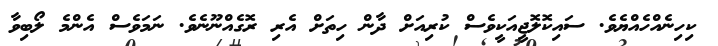
ކިހިނެއްހެއްޔެވެ. ސައިކޮލޮޖީއަކީވެސް ކުރިއަށް ދާން ހިތަށް އެރި ރޮގެއްނޫނެވެ. ނަމަވެސް އެންމެ ލޯބިވާ